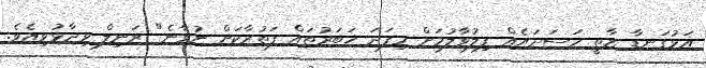
އަޅުގަނޑާ ޒާތީ ހަސަދައެއް ފިލުވާލުމަށް މިފަދަ ޚަބަރުތައް ފަތުރާކަށް ނުވާނެ" ރަނިލް ވިދާޅުވިއެވެ.